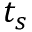
t _ { s }